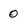
Character: O